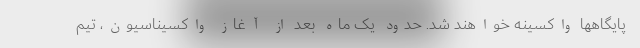
پایگاهها واکسینه خواهند شد. حدود یک ماه بعد از آغاز واکسیناسیون، تیم